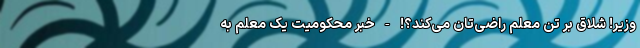
وزیر! شلاق بر تنِ معلم راضی‌تان می‌کند؟! - خبر محکومیت یک معلم به